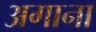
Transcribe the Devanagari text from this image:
अगाना